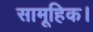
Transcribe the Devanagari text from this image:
सामूहिक।